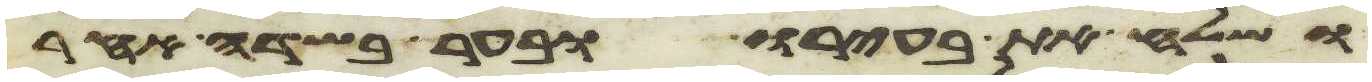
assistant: ושלח את בעירו ובער בשדה אחר